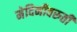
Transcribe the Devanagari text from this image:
मेदिनीवरुती